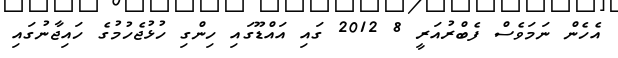
އެހެން ނަމަވެސް ފެބްރުއަރީ 8 2012 ގައި އައްޑޫގައި ހިންގި ހުޅުޖެހުމުގެ ހައިޖާނުގައި